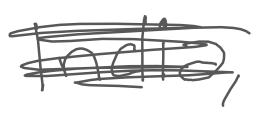
Text: India,
Cross-out: scratch
Writing tool: digital_gray